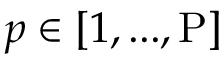
p \in [ 1 , . . . , \mathrm { P } ]